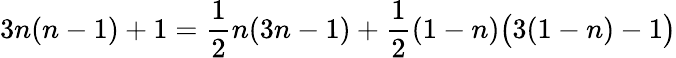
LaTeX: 3n(n-1)+1={\frac{1}{2}}n(3n-1)+{\frac{1}{2}}(1-n){\bigl(}3(1-n)-1{\bigr)}